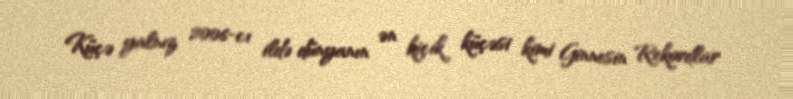
Küçə yalnız 2006-cı ildə dünyanın ən kiçik küçəsi kimi Ginnesin Rekordlar